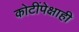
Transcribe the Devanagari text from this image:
कोटींपेक्षाही